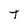
Character: t